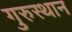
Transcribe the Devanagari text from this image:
गुरुस्थान